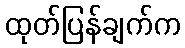
ထုတ်ပြန်ချက်က